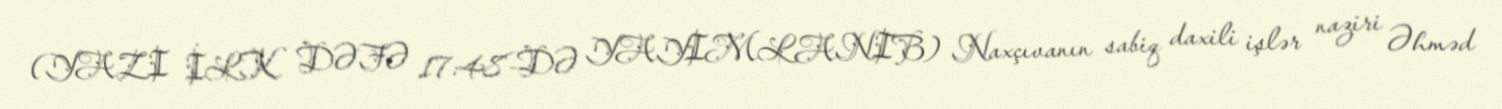
(YAZI İLK DƏFƏ 17:48-DƏ YAYIMLANIB) Naxçıvanın sabiq daxili işlər naziri Əhməd